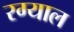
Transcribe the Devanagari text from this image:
रग्याल